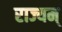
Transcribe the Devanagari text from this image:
राज्यम्